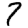
Digit: 7